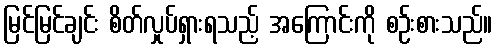
မြင်မြင်ချင်း စိတ်လှုပ်ရှားရသည့် အကြောင်းကို စဉ်းစားသည်။